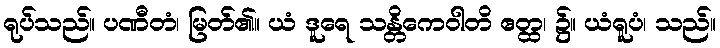
ရုပ်သည်။ ပဏီတံ၊ မြတ်၏။ ယံ ဒူရေ သန္တိကေဝါတိ ဧတ္ထ၊ ၌။ ယံရူပံ၊ သည်။